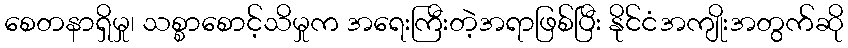
စေတနာရှိမှု၊ သစ္စာစောင့်သိမှုက အရေးကြီးတဲ့အရာဖြစ်ပြီး နိုင်ငံအကျိုးအတွက်ဆို